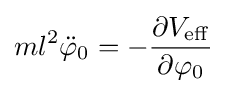
ml^{2}{\ddot {\varphi }}_{0}=-{\frac {\partial V_{\mathrm {eff} }}{\partial \varphi _{0}}}\;